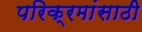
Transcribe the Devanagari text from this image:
परिक्रमांसाठी